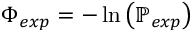
\Phi _ { e x p } = - \ln { \left( \mathbb { P } _ { e x p } \right) }